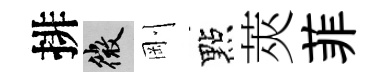
排微剛點莢菲